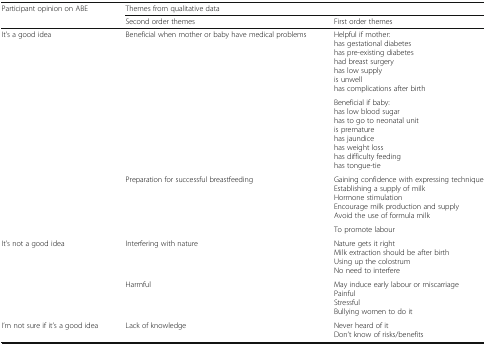
| <ROWSPAN=2> Participant opinion on ABE | <COLSPAN=2> Themes from qualitative data |
 | Second order themes | First order themes |
 | --- | --- | --- |
 | <ROWSPAN=4> It’s a good idea | <ROWSPAN=2> Beneficial when mother or baby have medical problems | Helpful if mother:has gestational diabeteshas pre-existing diabeteshad breast surgeryhas low supplyis unwellhas complications after birth |
 | Beneficial if baby:has low blood sugarhas to go to neonatal unitis prematurehas jaundicehas weight losshas difficulty feedinghas tongue-tie |
 | Preparation for successful breastfeeding | Gaining confidence with expressing techniqueEstablishing a supply of milkHormone stimulationEncourage milk production and supplyAvoid the use of formula milk |
 |  | To promote labour |
 | <ROWSPAN=2> It’s not a good idea | Interfering with nature | Nature gets it rightMilk extraction should be after birthUsing up the colostrumNo need to interfere |
 | Harmful | May induce early labour or miscarriagePainfulStressfulBullying women to do it |
 | I’m not sure if it’s a good idea | Lack of knowledge | Never heard of itDon’t know of risks/benefits |